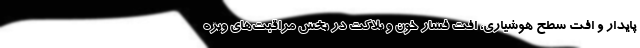
پایدار و افت سطح هوشیاری، افت فشار خون و پلاکت در بخش مراقبت‌های ویژه